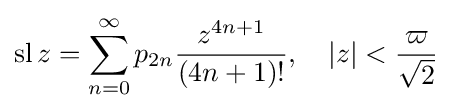
\operatorname {sl} z=\sum _{n=0}^{\infty }p_{2n}{\frac {z^{4n+1}}{(4n+1)!}},\quad \left|z\right|<{\frac {\varpi }{\sqrt {2}}}